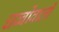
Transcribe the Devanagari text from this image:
धब्बोंवाली